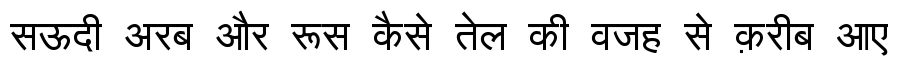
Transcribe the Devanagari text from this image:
सऊदी अरब और रूस कैसे तेल की वजह से क़रीब आए